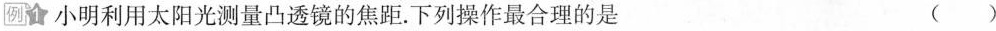
例1小明利用太阳光测量凸透镜的焦距。下列操作最合理的是 ( )